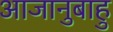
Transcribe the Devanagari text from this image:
आजानुबाहु